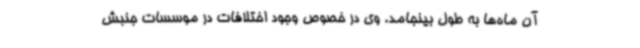
آن ماه‌ها به طول بینجامد. وی در خصوص وجود اختلافات در موسسات جنبش